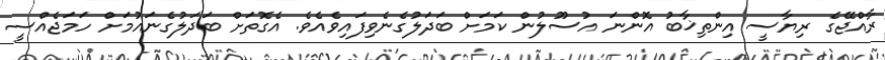
ރާއްޖޭގެ ރިޔާސީ އިންތިޚާބު އޮންނަ އުސޫލުން ކަމަށް ބަދަލުގެނެވިފައިވެއެވެ. އެގޮތަށް ބަދަލުގެނައުމަށް ހަމަޖެއްސީ